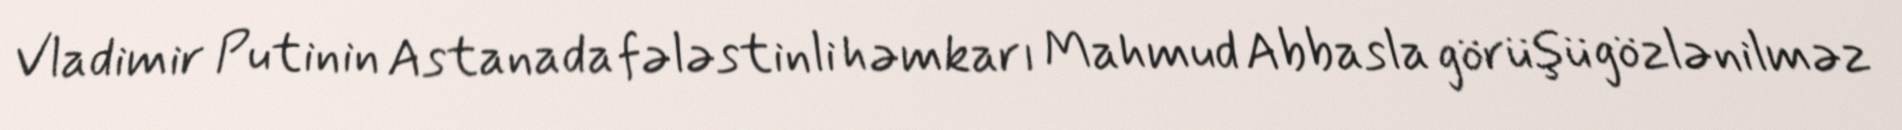
Vladimir Putinin Astanada fələstinli həmkarı Mahmud Abbasla görüşü gözlənilməz